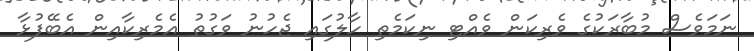
ނަމަވެސް މުބާރަކުގެ ވެރިކަން ވެއްޓި ނިކަމެތި ހާލުގައި ޖެހުނު ވަގުތު އެމެރިކާއިން އެބޭފުޅާ